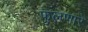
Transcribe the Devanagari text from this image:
फुलणारे